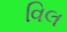
વિલ